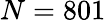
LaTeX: N=801